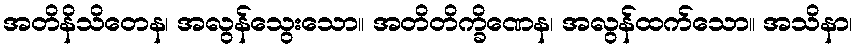
အတိနိသိတေန၊ အလွန်သွေးသော။ အတိတိက္ခိဏေန၊ အလွန်ထက်သော။ အသိနာ၊